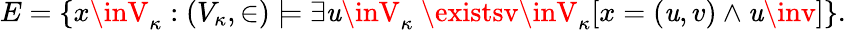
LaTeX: E=\{ x\inV_{\kappa}:(V_{\kappa},\in)\models\exists\mathit{u}\inV_{\kappa}\ \existsv\inV_{\kappa}[x=(\mathit{u},v)\land\mathit{u}\inv]\} .